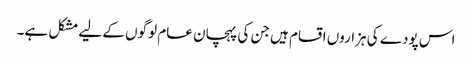
اس پودے کی ہزاروں اقسام ہیں جن کی پہچان عام لوگوں کے لیے مشکل ہے۔